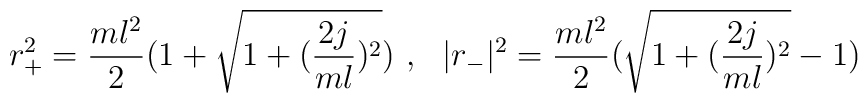
r^2_+={ml^2\over 2}(1+\sqrt{1+({2j\over m l})^2})~,~~|r_-|^2={ml^2\over 2}(\sqrt{1+({2j\over m l})^2}-1)~~